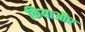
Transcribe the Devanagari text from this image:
कियाऔर